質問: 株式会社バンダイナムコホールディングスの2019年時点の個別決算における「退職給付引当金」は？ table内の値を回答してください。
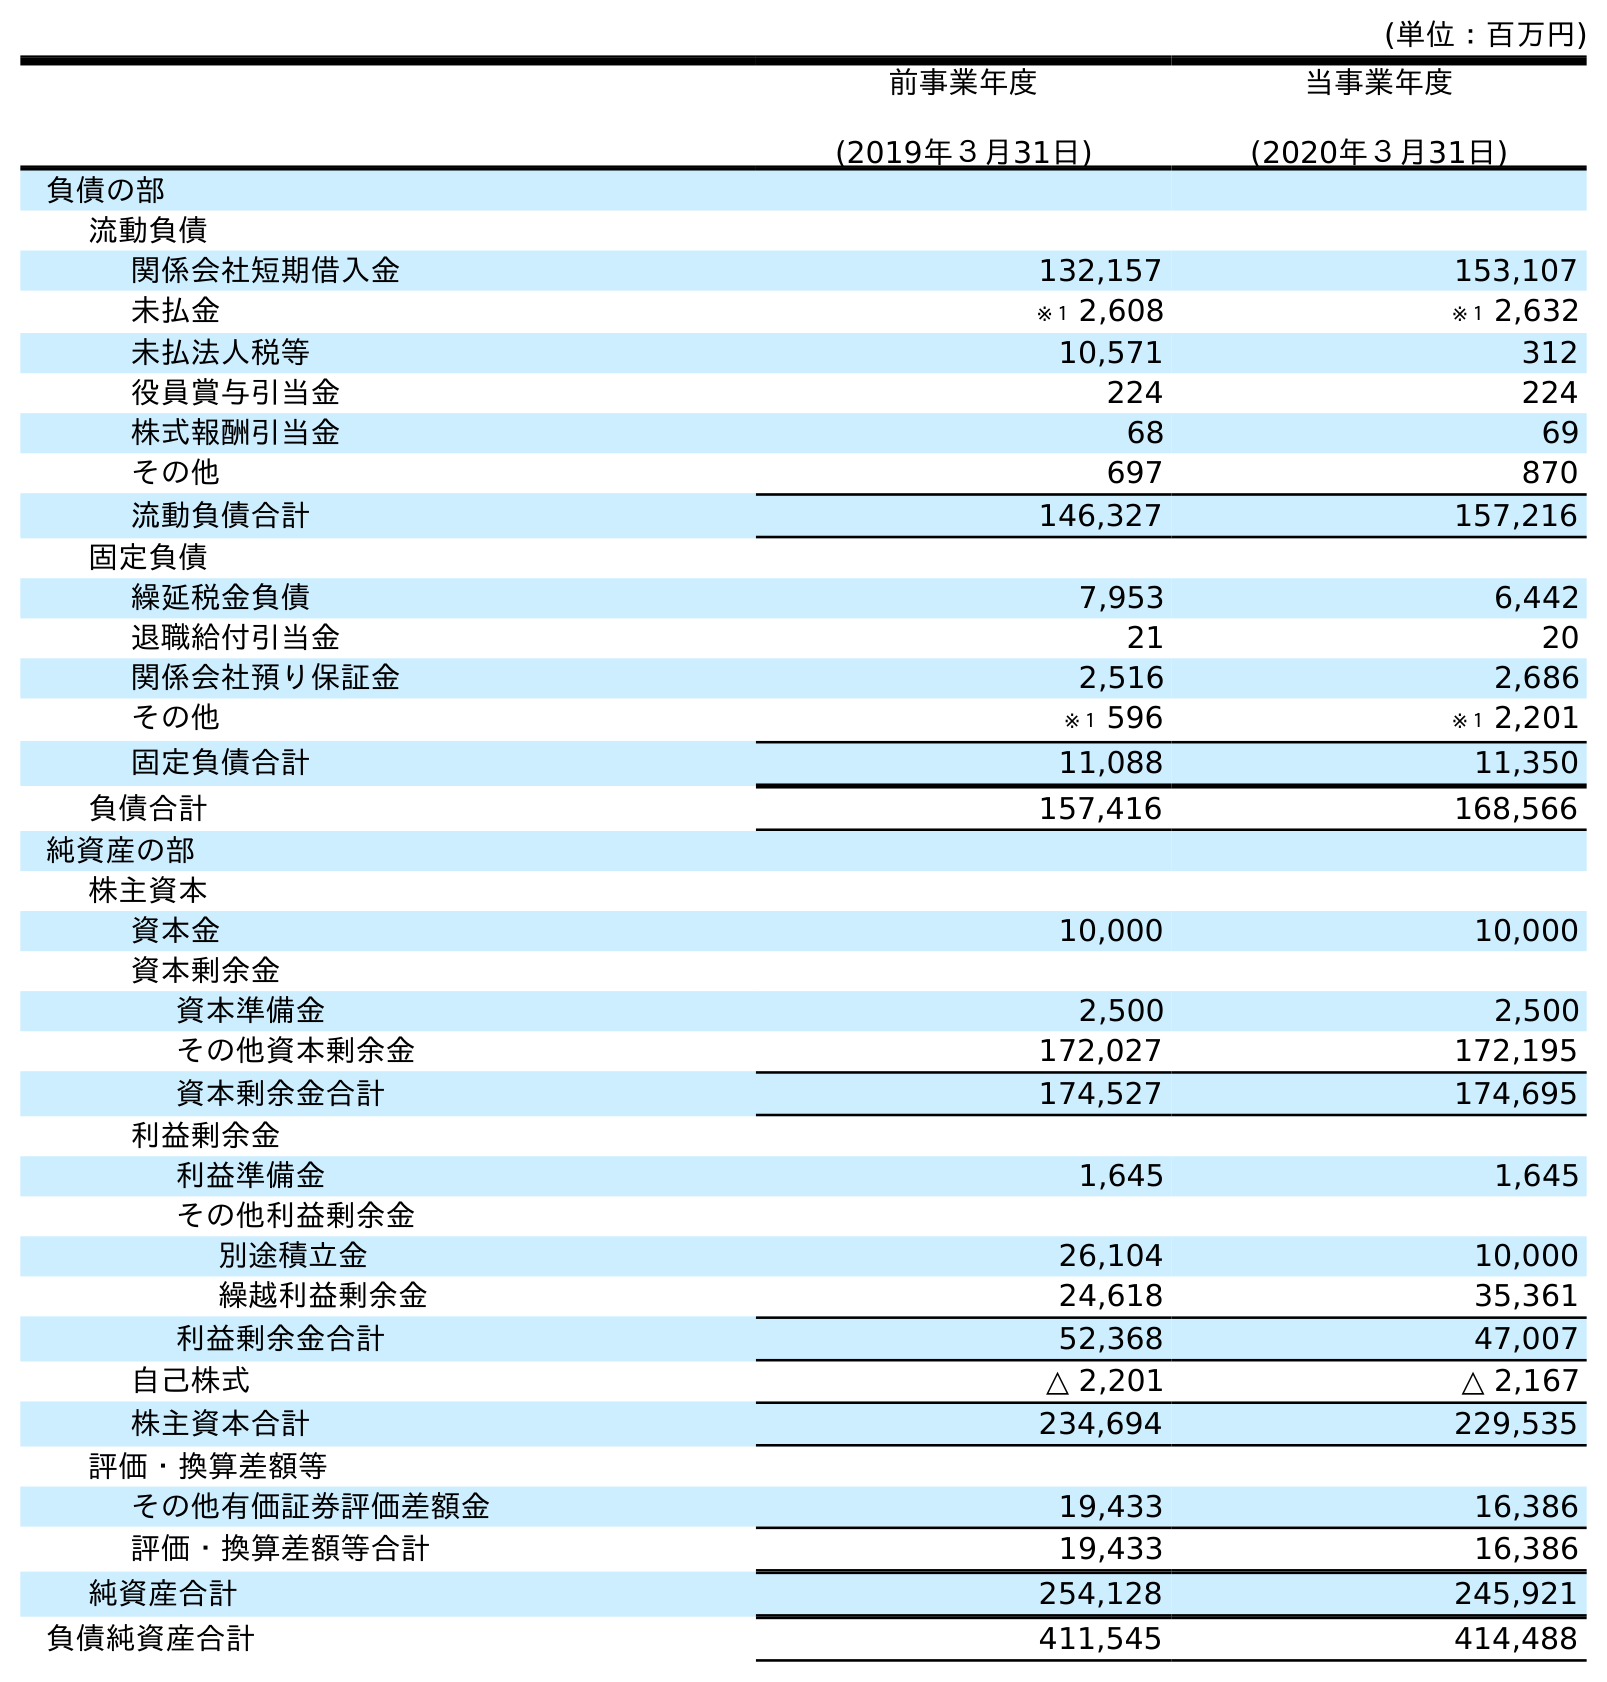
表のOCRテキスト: (単位：百万円) 前事業年度 (2019年３月31日) 当事業年度 (2020年３月31日) 負債の部 流動負債 関係会社短期借入金 132,157 153,107 未払金 ※１ 2,608 ※１ 2,632 未払法人税等 10,571 312 役員賞与引当金 224 224 株式報酬引当金 68 69 その他 697 870 流動負債合計 146,327 157,216 固定負債 繰延税金負債 7,953 6,442 退職給付引当金 21 20 関係会社預り保証金 2,516 2,686 その他 ※１ 596 ※１ 2,201 固定負債合計 11,088 11,350 負債合計 157,416 168,566 純資産の部 株主資本 資本金 10,000 10,000 資本剰余金 資本準備金 2,500 2,500 その他資本剰余金 172,027 172,195 資本剰余金合計 174,527 174,695 利益剰余金 利益準備金 1,645 1,645 その他利益剰余金 別途積立金 26,104 10,000 繰越利益剰余金 24,618 35,361 利益剰余金合計 52,368 47,007 自己株式 △ 2,201 △ 2,167 株主資本合計 234,694 229,535 評価・換算差額等 その他有価証券評価差額金 19,433 16,386 評価・換算差額等合計 19,433 16,386 純資産合計 254,128 245,921 負債純資産合計 411,545 414,488
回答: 21